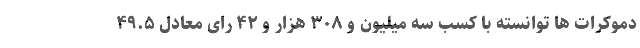
دموکرات ها توانسته با کسب سه میلیون و ۳۰۸ هزار و ۴۲ رای معادل ۴۹.۵